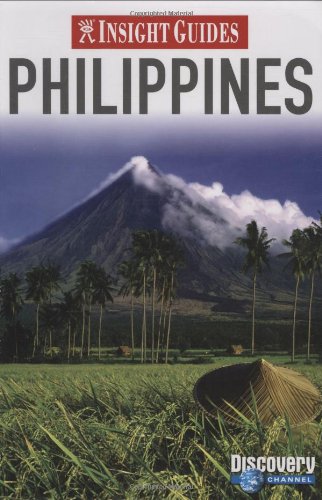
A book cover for Philippines Insight Guide (Insight Guides); Travel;